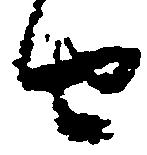
由